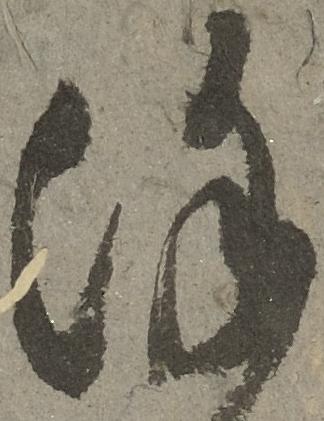
謹